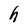
Character: h